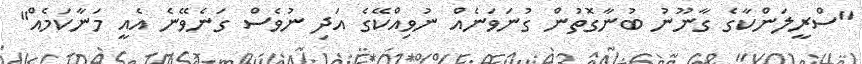
"ސްރީލަންކާގެ ގާނޫނު ބުނާގޮތުން ގުނަވަނެއް ނުވިއްކޭގެ އަދި ނުވެސް ގަނެވޭނެ އެއީ މަނާކަމެއް"